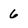
Character: 6